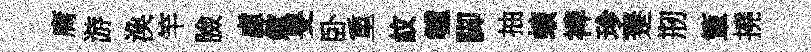
庸游渙竿臉虛歛旻卧重紋轤脚抽蠙禆珍蹇剏簞撓